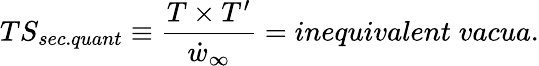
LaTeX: TS_{sec.quant}\equiv\frac{T\times T^{\prime}}{\dot{w}_{\infty}}=inequivalent\; vacua.